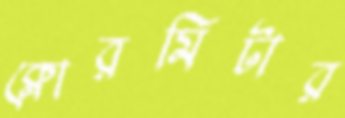
ক্লোরমিটার